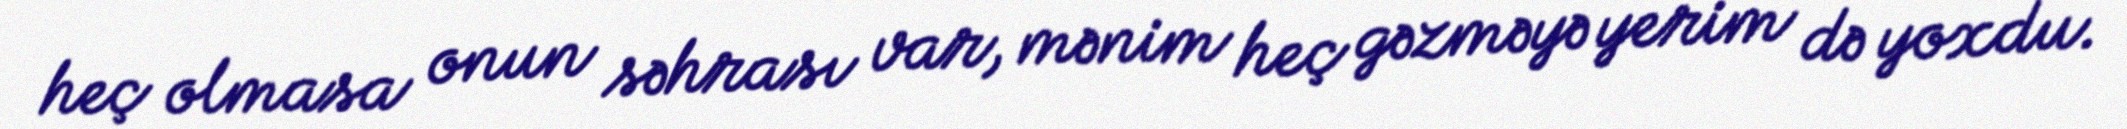
heç olmasa onun səhrası var, mənim heç gəzməyə yerim də yoxdu.